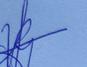
Signature authenticity: genuine